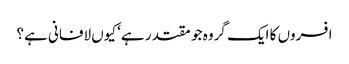
افسروں کا ایک گروہ جو مقتدر ہے‘ کیوں لافانی ہے؟